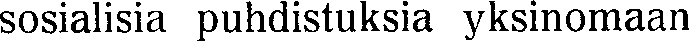
sosialisia puhdistuksia yksinomaan